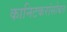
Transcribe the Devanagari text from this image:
कानिटकरांसोबत